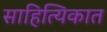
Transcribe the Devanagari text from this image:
साहित्यिकात